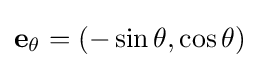
\mathbf {e} _{\theta }=(-\sin \theta ,\cos \theta )